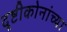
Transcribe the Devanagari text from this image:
दृष्टीकोनांच्या